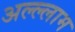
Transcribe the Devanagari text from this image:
अल्ल्लाम